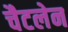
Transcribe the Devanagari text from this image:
चैटलेन